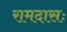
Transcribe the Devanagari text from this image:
रामदासः